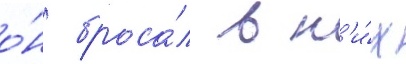
о́н броса́л в н'и́х